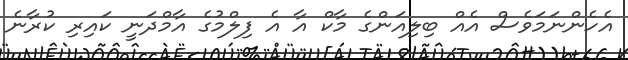
އެހެންނަމަވެސް އެއް ބިލިއަންގެ މާކް އާ އެ ފިލްމުގެ އާމްދަނީ ކައިރި ކުރާނެ